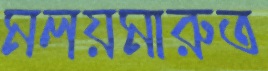
মলয়মারুত